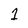
Character: 1